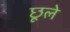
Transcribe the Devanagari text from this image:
छूले